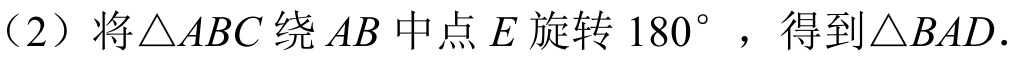
（2）将\(\triangle ABC\)绕 \(AB\) 中点 \(E\) 旋转 \(180^{\circ}\)，得到\(\triangle BAD\).